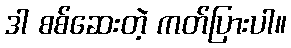
ဒါ စစ်ဆေးတဲ့ ကတ်ပြားပါ။